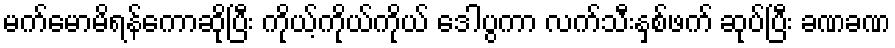
မက်မောမိရန်ကောဆိုပြီး ကိုယ့်ကိုယ်ကိုယ် ဒေါပွကာ လက်သီးနှစ်ဖက် ဆုပ်ပြီး ခဏခဏ